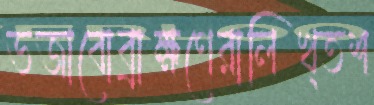
ভজাবোব্রাহ্মণেরালিখ্তশ